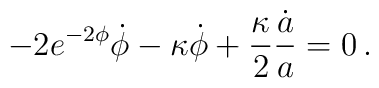
-2e^{-2\phi}\dot \phi -\kappa\dot \phi +\frac{\kappa}{2}\frac{\dot a}{a} = 0\,.